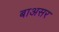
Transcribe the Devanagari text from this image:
बाअसर